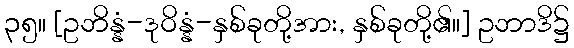
၃၅။ [ဥဘိန္နံ-ဒုဝိန္နံ-နှစ်ခုတို့အား, နှစ်ခုတို့၏။] ဥဘာဒိ၌